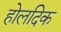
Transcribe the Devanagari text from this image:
होलदिक